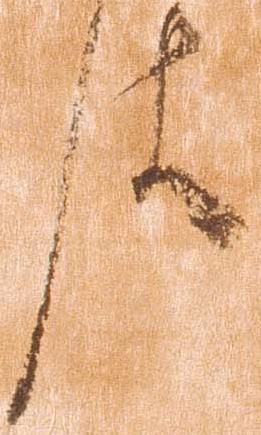
件